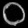
Digit: ၀